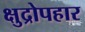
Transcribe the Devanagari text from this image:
क्षुद्रोपहार